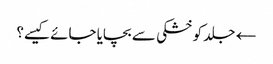
← جلد کو خشکی سے بچایا جائے کیسے؟